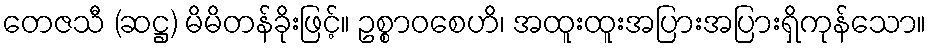
တေဇသီ (ဆဋ္ဌ) မိမိတန်ခိုးဖြင့်။ ဥစ္စာဝစေဟိ၊ အထူးထူးအပြားအပြားရှိကုန်သော။